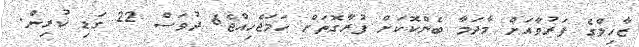
ޒާހިލްގެ ފަރުވާއަށް މާދަމާ ބެންކޮކަށް ފުރާގޮތަށް ހަމަޖެހިއްޖެ6 ދުވަސް 22 ގަޑި ކުރިން.